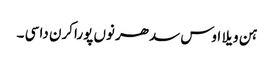
ہن ویلا اوس سدھر نوں پورا کرن دا سی ۔